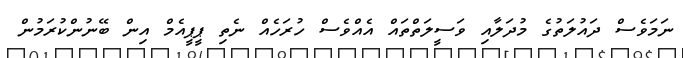
ނަމަވެސް ދައުލަތުގެ މުދަލާއި ވަސީލަތްތައް އެއްވެސް ހުރަހެއް ނެތި ޕީޕީއެމް އިން ބޭނުންކުރަމުން